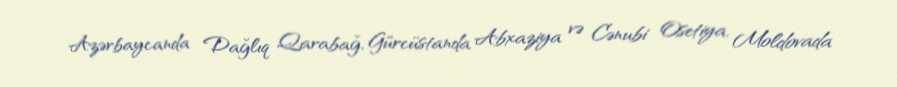
Azərbaycanda Dağlıq Qarabağ, Gürcüstanda Abxaziya və Cənubi Osetiya, Moldovada